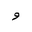
Letter: _waw